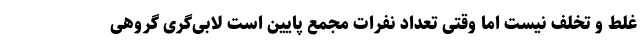
غلط و تخلف نیست اما وقتی تعداد نفرات مجمع پایین است لابی‌گری گروهی